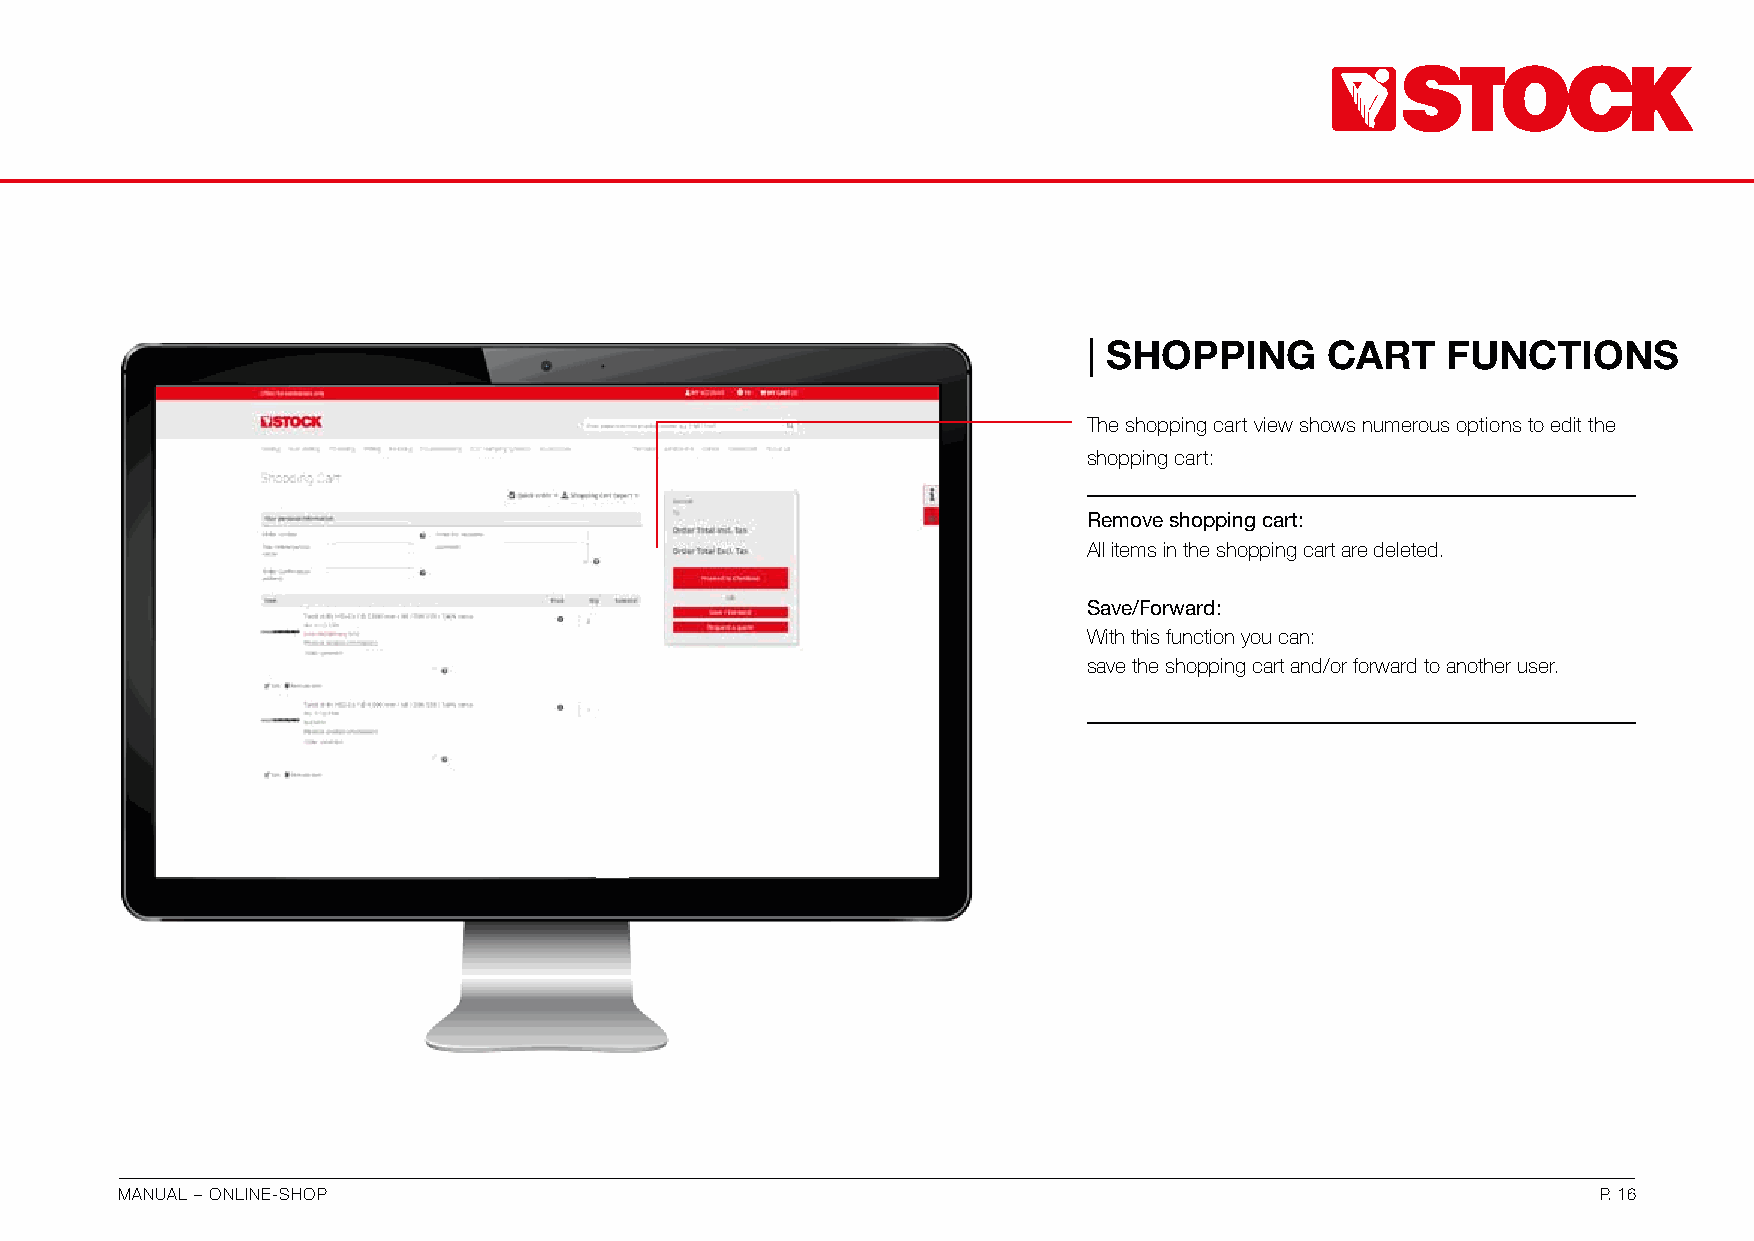
| SHOPPING      CART    FUNCTIONS
 The shopping cart view shows numerous options to edit the
 shopping cart:
 Remove shopping cart:
 All items in the shopping cart are deleted.
 Save/Forward:
 With this function you can:
 save the shopping cart and/or forward to another user.
 MANUAL – ONLINE-SHOP                                                                              P. 16